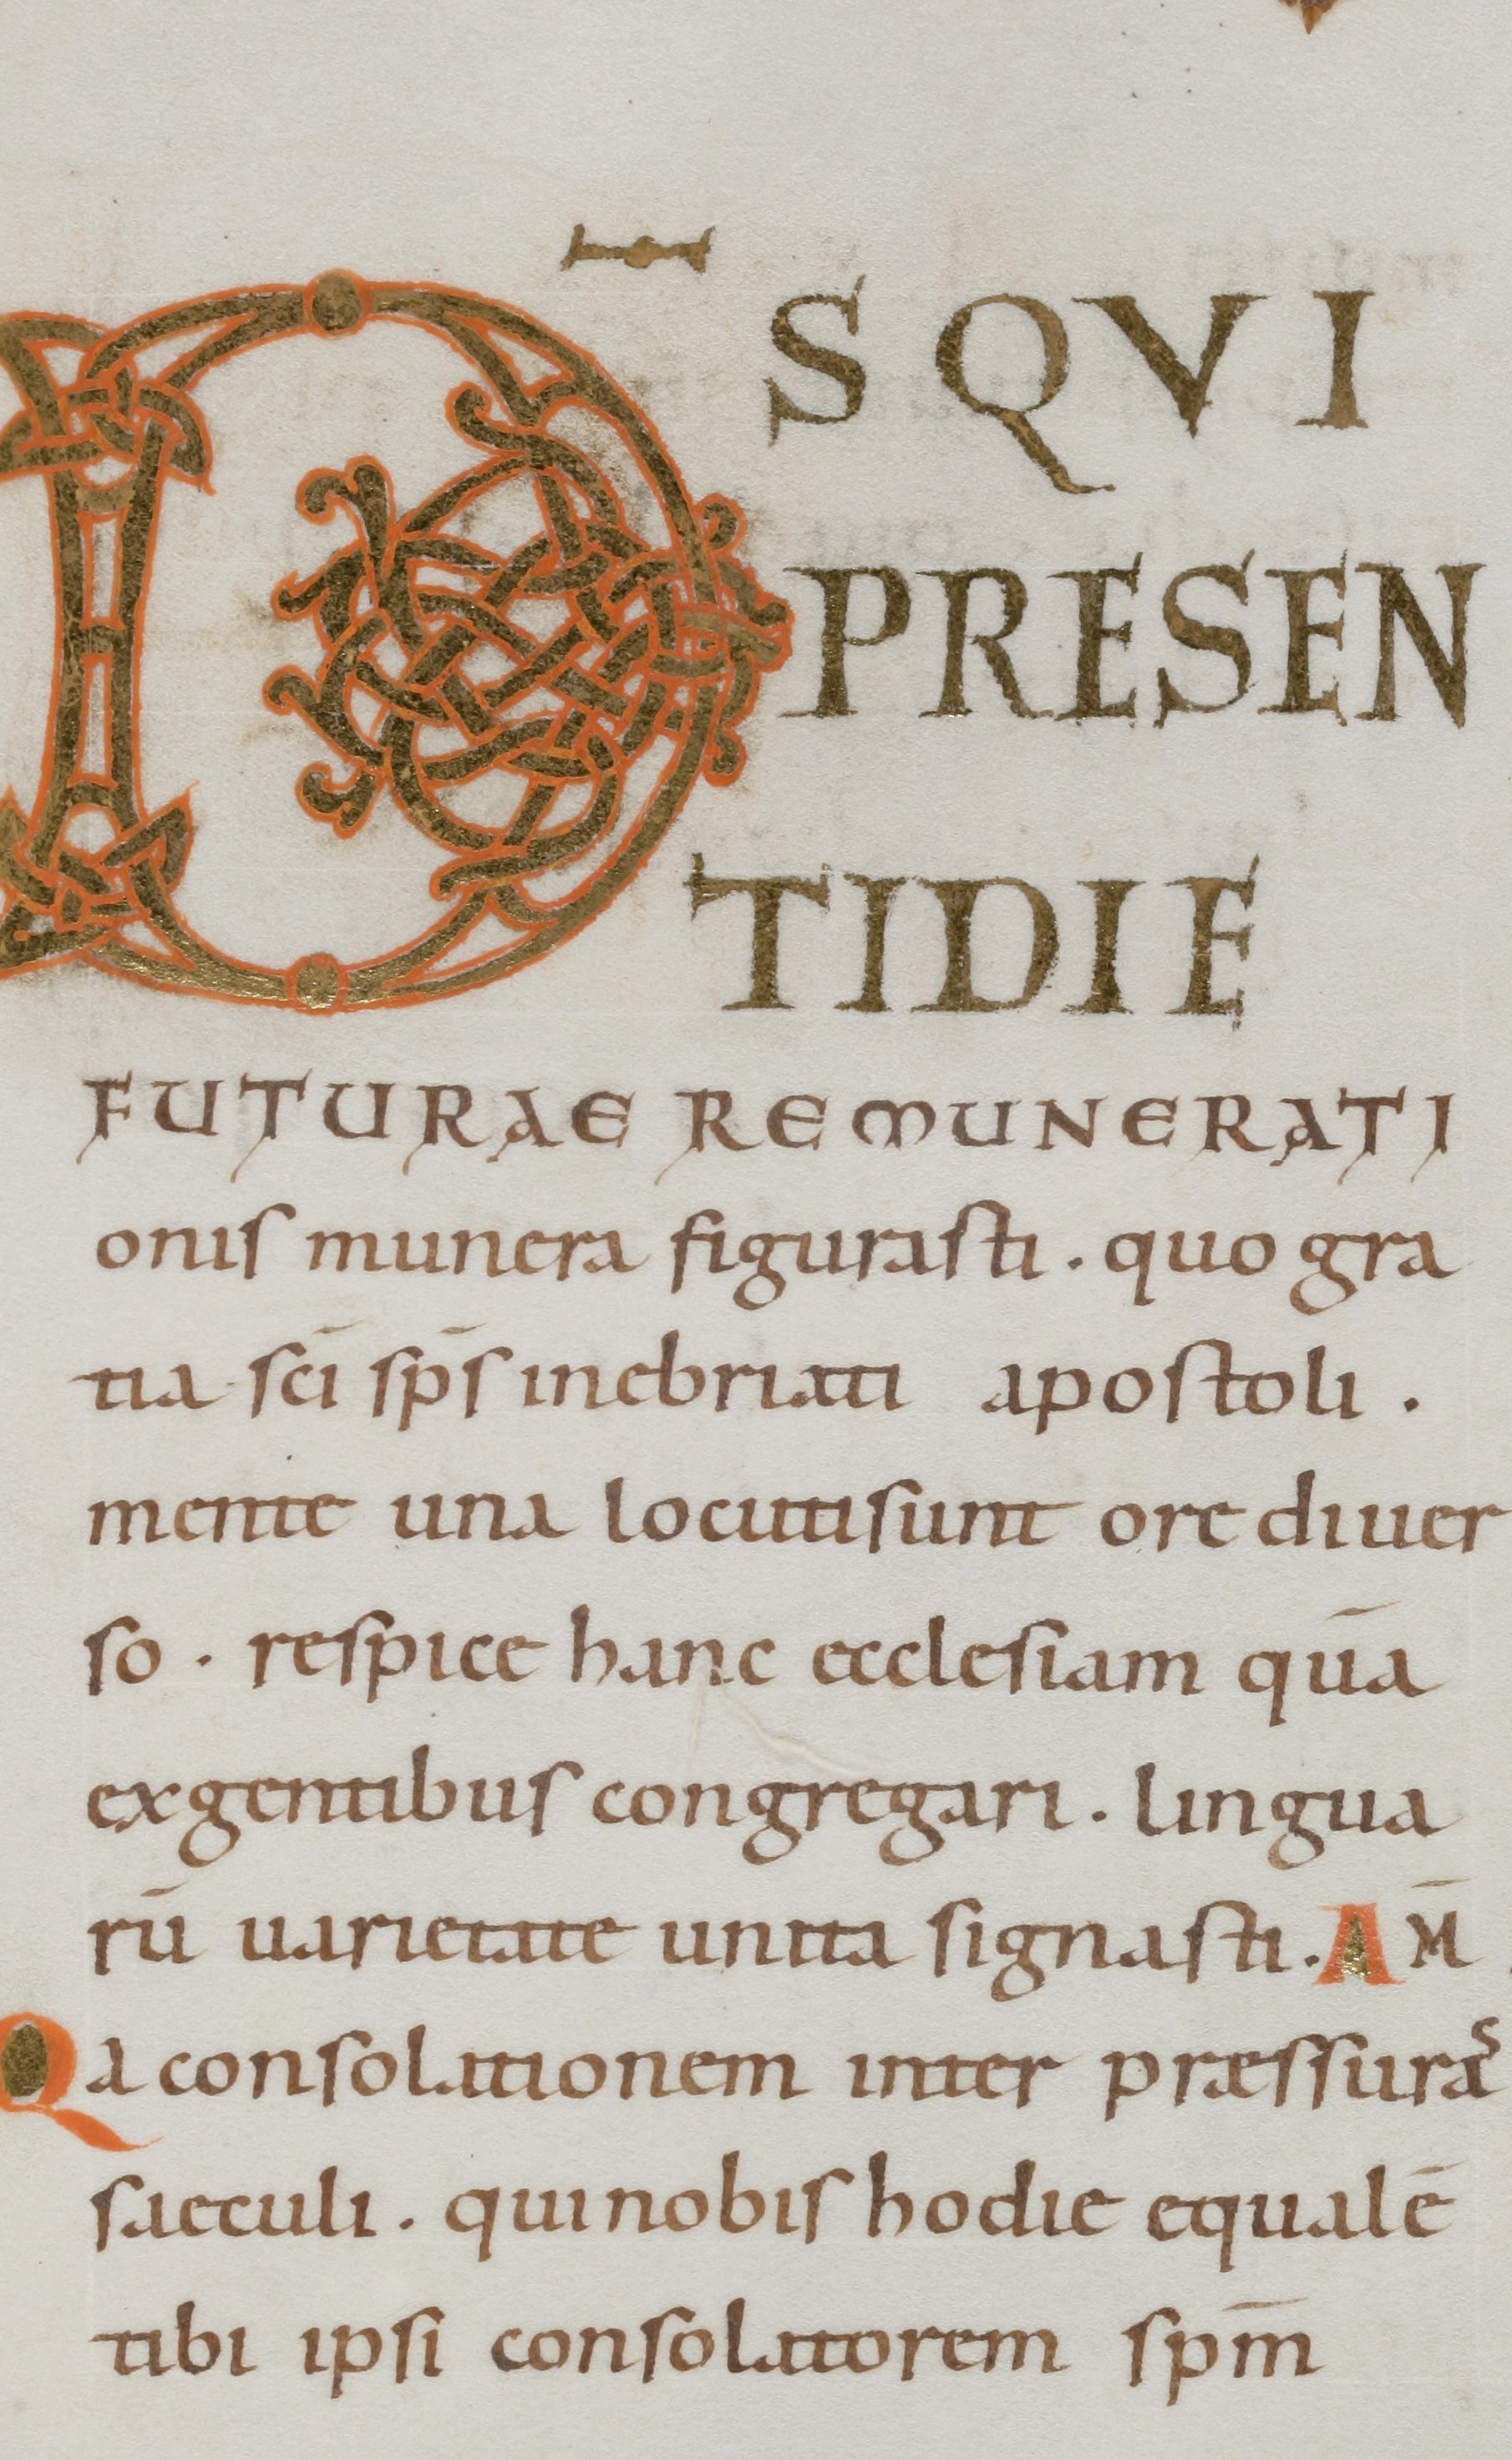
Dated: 1000–1099